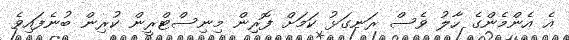
އެ އެންމެންގެ ހާލު ވެސް ރަނގަޅު ކަމަށް ފޮރިން މިނިސްޓްރީން ކުރިން ބުނެފައިވެ